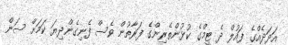
އަދަދެއްގެ ފައުލް ދެ ޓީމްގެ ކުޅުންތެރިންގެ ފަރާތުން ވެސް ފެނިގެންދިޔަ ކަމަށް ސަން